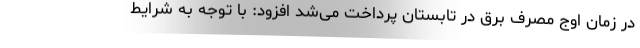
در زمان اوج مصرف برق در تابستان پرداخت می‌شد افزود: با توجه به شرایط